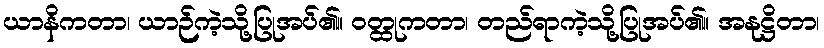
ယာနိကတာ၊ ယာဉ်ကဲ့သို့ပြုအပ်၏။ ဝတ္ထုကတာ၊ တည်ရာကဲ့သို့ပြုအပ်၏။ အနုဋ္ဌိတာ၊